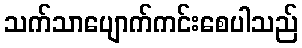
သက်သာပျောက်ကင်းစေပါသည်